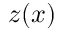
z ( x )